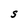
Character: S